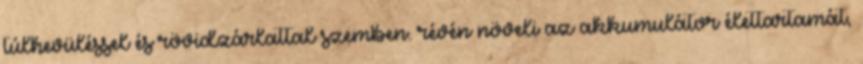
túlhevüléssel és rövidzárlattal szemben. révén növeli az akkumulátor élettartamát,